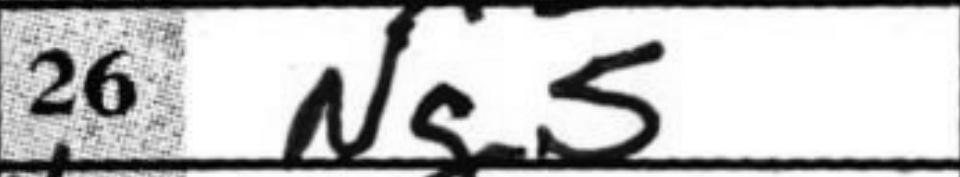
Transcription: Ng5